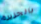
بالجزيرة